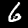
Digit: 6